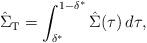
LaTeX: \begin{align*}\hat\Sigma_{\mathrm{T}} = \int_{\delta^*}^{1-\delta^*} \hat\Sigma (\tau) \,d\tau, \end{align*}